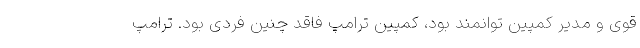
قوی و مدیر کمپین توانمند بود، کمپین ترامپ فاقد چنین فردی بود. ترامپ